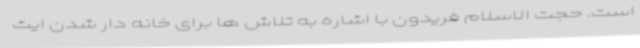
است. حجت الاسلام فریدون با اشاره به تلاش ها برای خانه دار شدن ایث